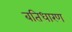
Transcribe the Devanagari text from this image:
बतिधारण